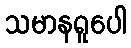
သမာနရူပေါ